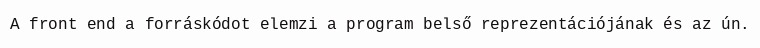
A front end a forráskódot elemzi a program belső reprezentációjának és az ún.